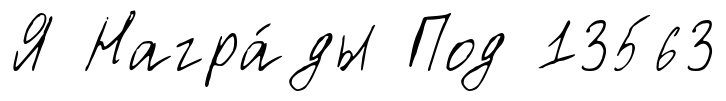
Я Награ́ды Под 13563